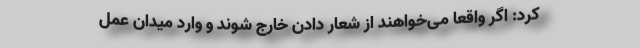
کرد: اگر واقعا می‌خواهند از شعار دادن خارج شوند و وارد میدان عمل